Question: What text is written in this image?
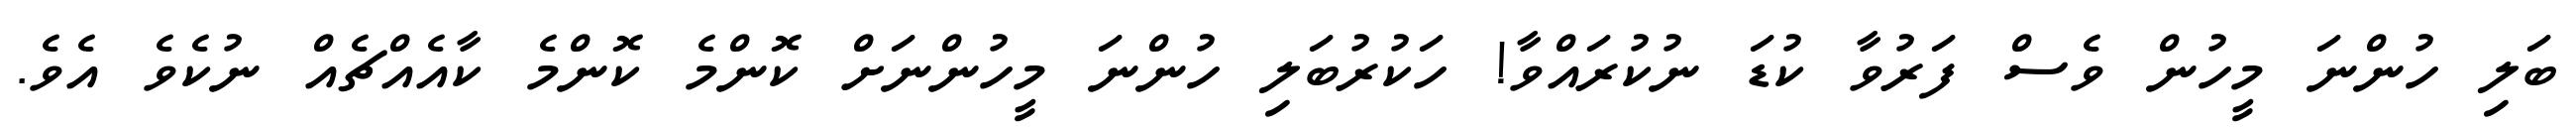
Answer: ބަލި ހުންނަ މީހުން ވެސް ފަރުވާ ކުޑަ ނުކުރައްވާ! ހަކުރުބަލި ހުންނަ މީހުންނަށް ކޮންމެ ކޮންމެ ކާއެއްޗެއް ނުކެވެ އެވެ.